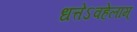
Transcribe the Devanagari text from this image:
धत्तेऽवहेलाम्